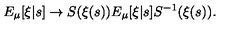
E _ { \mu } [ \xi | s ] \to S ( \xi ( s ) ) E _ { \mu } [ \xi | s ] S ^ { - 1 } ( \xi ( s ) ) .